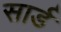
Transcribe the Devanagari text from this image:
सार्ड